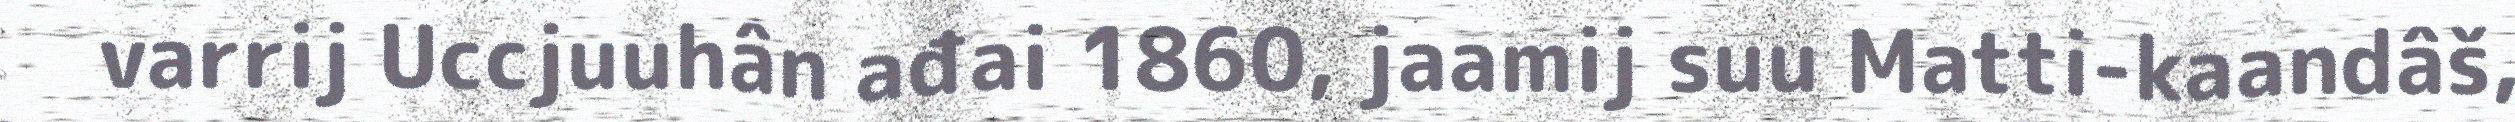
varrij Uccjuuhân ađai 1860, jaamij suu Matti-kaandâš,